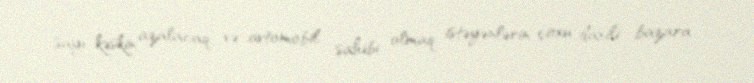
sayı kəskin azalacaq və avtomobil sahibi olmaq istəyənlərin çoxu daxili bazara